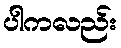
ပါကလည်း